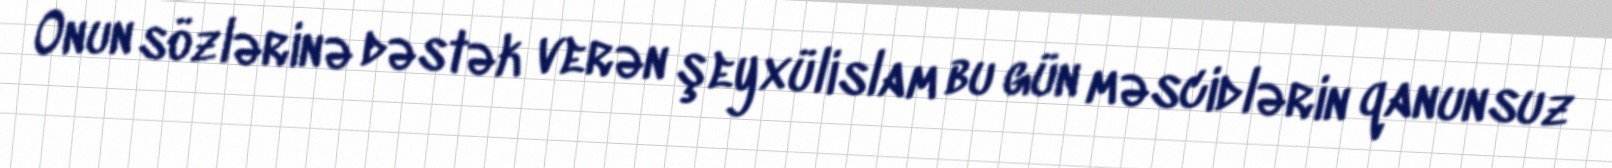
Onun sözlərinə dəstək verən şeyxülislam bu gün məscidlərin qanunsuz